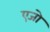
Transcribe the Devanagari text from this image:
एजो